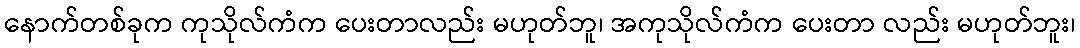
နောက်တစ်ခုက ကုသိုလ်ကံက ပေးတာလည်း မဟုတ်ဘူ၊ အကုသိုလ်ကံက ပေးတာ လည်း မဟုတ်ဘူး၊